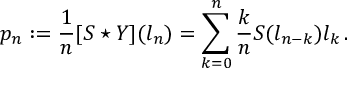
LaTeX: p _ { n } : = \frac { 1 } { n } [ S \star Y ] ( l _ { n } ) = \sum _ { k = 0 } ^ { n } \frac { k } { n } S ( l _ { n - k } ) l _ { k } \, .